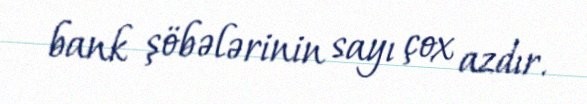
bank şöbələrinin sayı çox azdır.